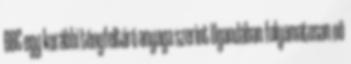
BBC egy korábbi tényfeltáró anyaga szerint Ugandában folyamatosan nő